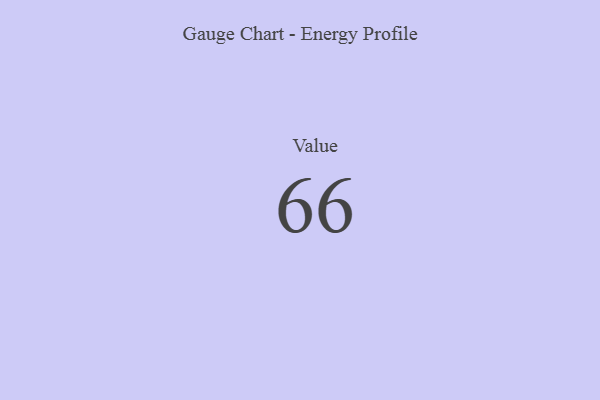
{"axis": {"x": "Metric", "y": "Value"}, "legend": [""], "data": [{"x": "Value", "y": 66, "type": ""}]}